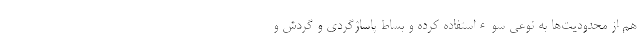
هم از محدودیت‌ها به نوعی سوءاستفاده کرده و بساط پاساژگردی و گردش و